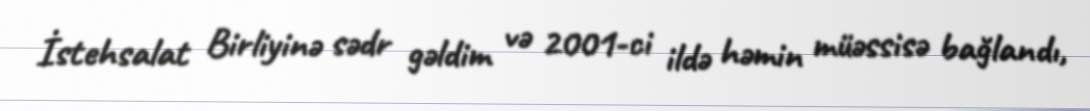
İstehsalat Birliyinə sədr gəldim və 2001-ci ildə həmin müəssisə bağlandı,